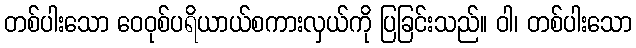
တစ်ပါးသော ဝေဝုစ်ပရိယာယ်စကားလှယ်ကို ပြခြင်းသည်။ ဝါ၊ တစ်ပါးသော